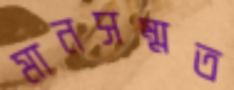
মানসম্মত